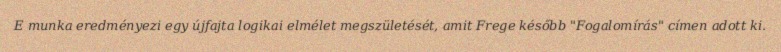
E munka eredményezi egy újfajta logikai elmélet megszületését, amit Frege később "Fogalomírás" címen adott ki.